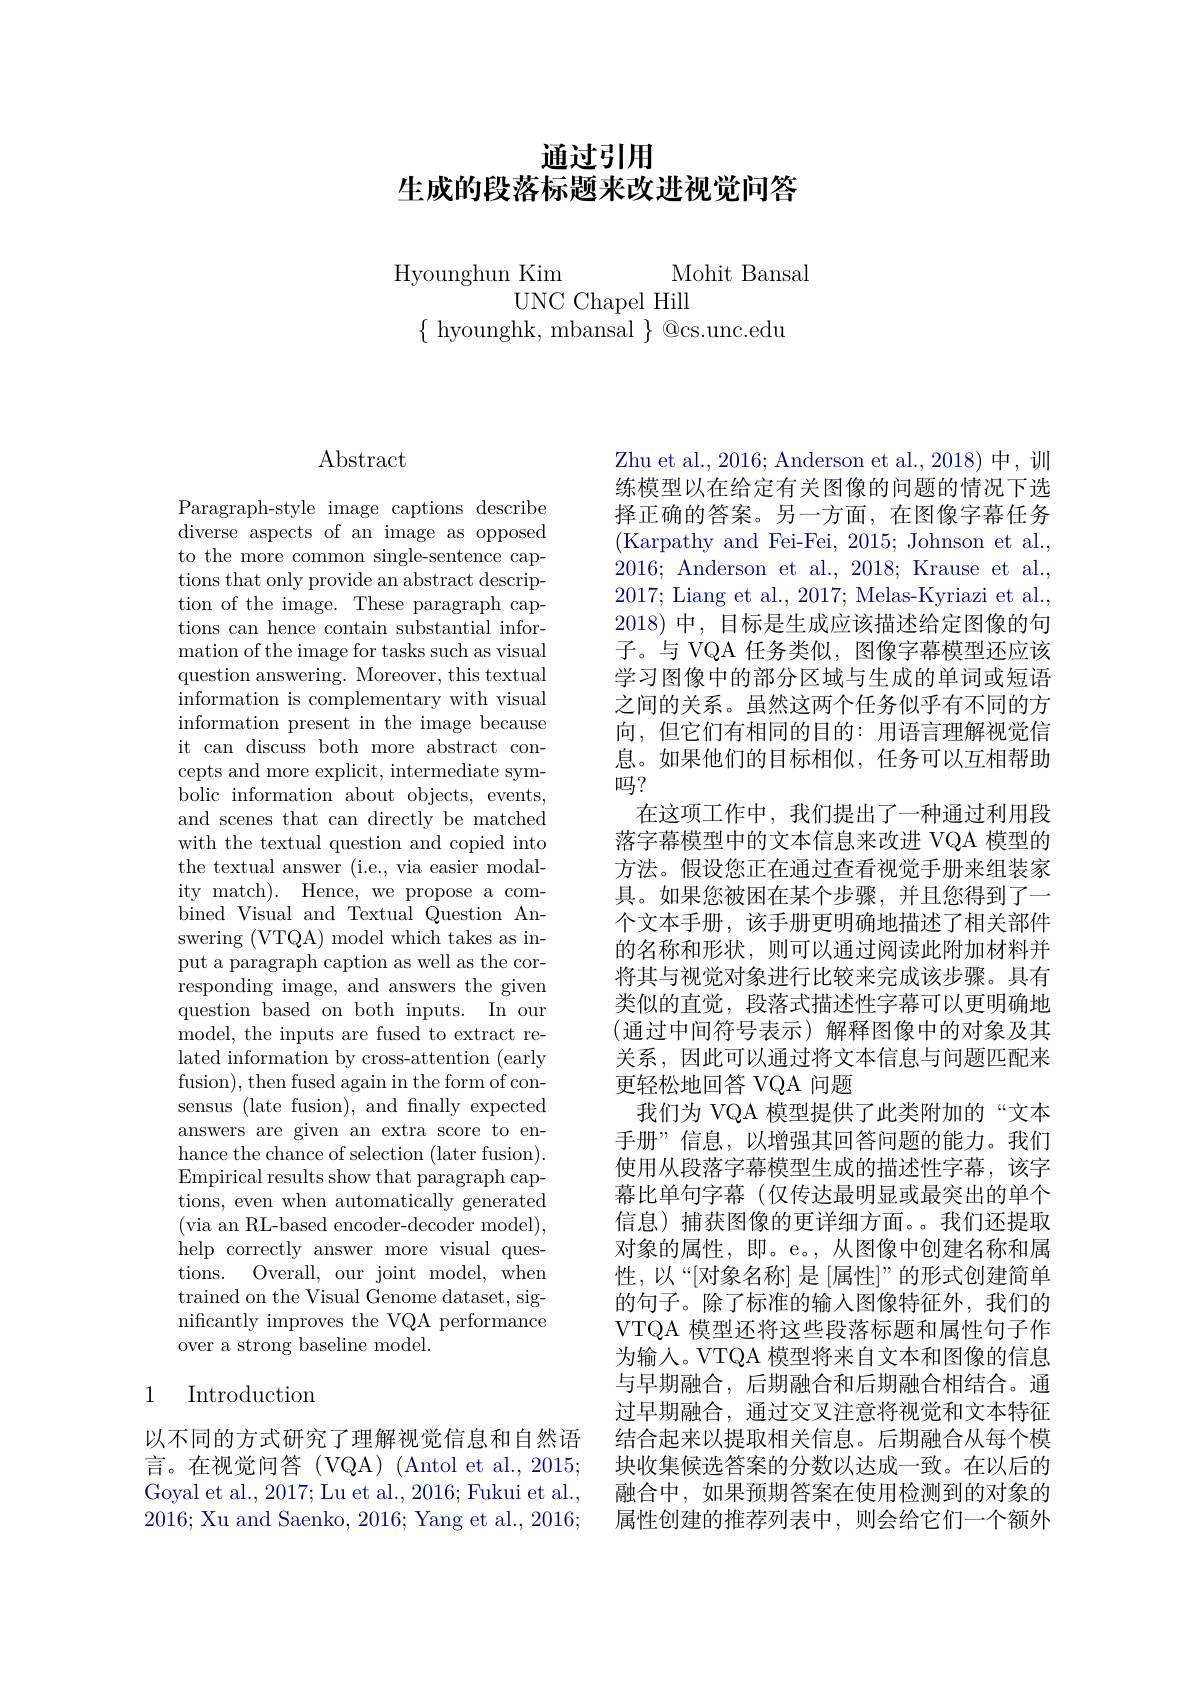
# 通过引用生成的段落标题来改进视觉问答

Hyounghun Kim Mohit Bansal

UNC Chapel Hill
$\{$ hyounghk, mbansal $\}$ @cs.unc.edu

$\operatorname{Abstract}$

Paragraph-style image captions describe diverse aspects of an image as opposed to the more common single-sentence captions that only provide an abstract description of the image. These paragraph captions can hence contain substantial information of the image for tasks such as visual question answering. Moreover, this textual information is complementary with visual information present in the image because it can discuss both more abstract concepts and more explicit, intermediate symbolic information about objects, events, and scenes that can directly be matched with the textual question and copied into the textual answer (i.e., via easier modality match). Hence, we propose a combined Visual and Textual Question Answering (VTQA) model which takes as input a paragraph caption as well as the corresponding image, and answers the given question based on both inputs. In our model, the inputs are fused to extract related information by cross-attention (early fusion), then fused again in the form of consensus (late fusion), and finally expected answers are given an extra score to enhance the chance of selection (later fusion). Empirical results show that paragraph captions, even when automatically generated (via an RL-based encoder-decoder model), help correctly answer more visual questions. Overall, our joint model, when trained on the Visual Genome dataset, significantly improves the VQA performance over a strong baseline model.

# 1 Introduction

以不同的方式研究了理解视觉信息和自然语言。在视觉问答(VQA)(Antol et al., 2015; Goyal et al., 2017; Lu et al., 2016; Fukui et al., 2016; Xu and Saenko, 2016; Yang et al., 2016;

Zhu et al. , 2016; Anderson et al. , 2018) 中 , 训练模型以在给定有关图像的问题的情况下选择正确的答案。另一方面，在图像字幕任务(Karpathy and Fei-Fei, 2015; Johnson et al., 2016; Anderson et al., 2018; Krause et al., 2017; Liang et al., 2017; Melas-Kyriazi et al. 2018)中，目标是生成应该描述给定图像的句子。与 VQA 任务类似，图像字幕模型还应该学习图像中的部分区域与生成的单词或短语之间的关系。虽然这两个任务似乎有不同的方向，但它们有相同的目的：用语言理解视觉信息。如果他们的目标相似，任务可以互相帮助吗？
在这项工作中，我们提出了一种通过利用段落字幕模型中的文本信息来改进 VQA 模型的方法。假设您正在通过查看视觉手册来组装家具。如果您被困在某个步骤，并且您得到了一个文本手册，该手册更明确地描述了相关部件的名称和形状，则可以通过阅读此附加材料并将其与视觉对象进行比较来完成该步骤。具有类似的直觉，段落式描述性字幕可以更明确地(通过中间符号表示)解释图像中的对象及其关系，因此可以通过将文本信息与问题匹配来更轻松地回答 VQA 问题
我们为 VQA 模型提供了此类附加的“文本手册”信息，以增强其回答问题的能力。我们使用从段落字幕模型生成的描述性字幕，该字幕比单句字幕 (仅传达最明显或最突出的单个信息)捕获图像的更详细方面。。我们还提取对象的属性，即。e。,从图像中创建名称和属性，以“[对象名称] 是 [属性]”的形式创建简单的句子。除了标准的输入图像特征外，我们的VTQA 模型还将这些段落标题和属性句子作为输入。VTQA 模型将来自文本和图像的信息与早期融合，后期融合和后期融合相结合。通过早期融合，通过交叉注意将视觉和文本特征结合起来以提取相关信息。后期融合从每个模块收集候选答案的分数以达成一致。在以后的融合中，如果预期答案在使用检测到的对象的属性创建的推荐列表中，则会给它们一个额外